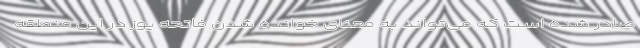
صادر شده است که می‌تواند به معنای خوانده شدن فاتحه یوز در این منطقه